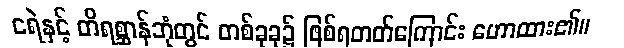
ငရဲနှင့် တိရစ္ဆာန်ဘုံတွင် တစ်ခုခု၌ ဖြစ်ရတတ်ကြောင်း ဟောထား၏။